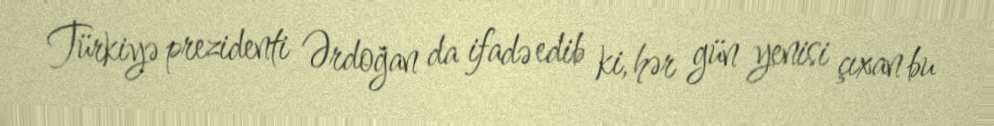
Türkiyə prezidenti Ərdoğan da ifadə edib ki, hər gün yenisi çıxan bu